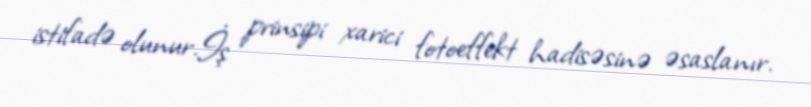
istifadə olunur.İş prinsipi xarici fotoeffekt hadisəsinə əsaslanır.